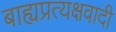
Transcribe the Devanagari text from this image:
बाह्यप्रत्यक्षवादी